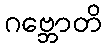
ဂဗ္ဘောတိ